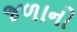
જળાનો